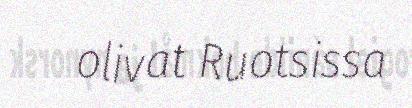
olivat Ruotsissa